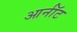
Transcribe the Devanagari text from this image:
आर्नॉट